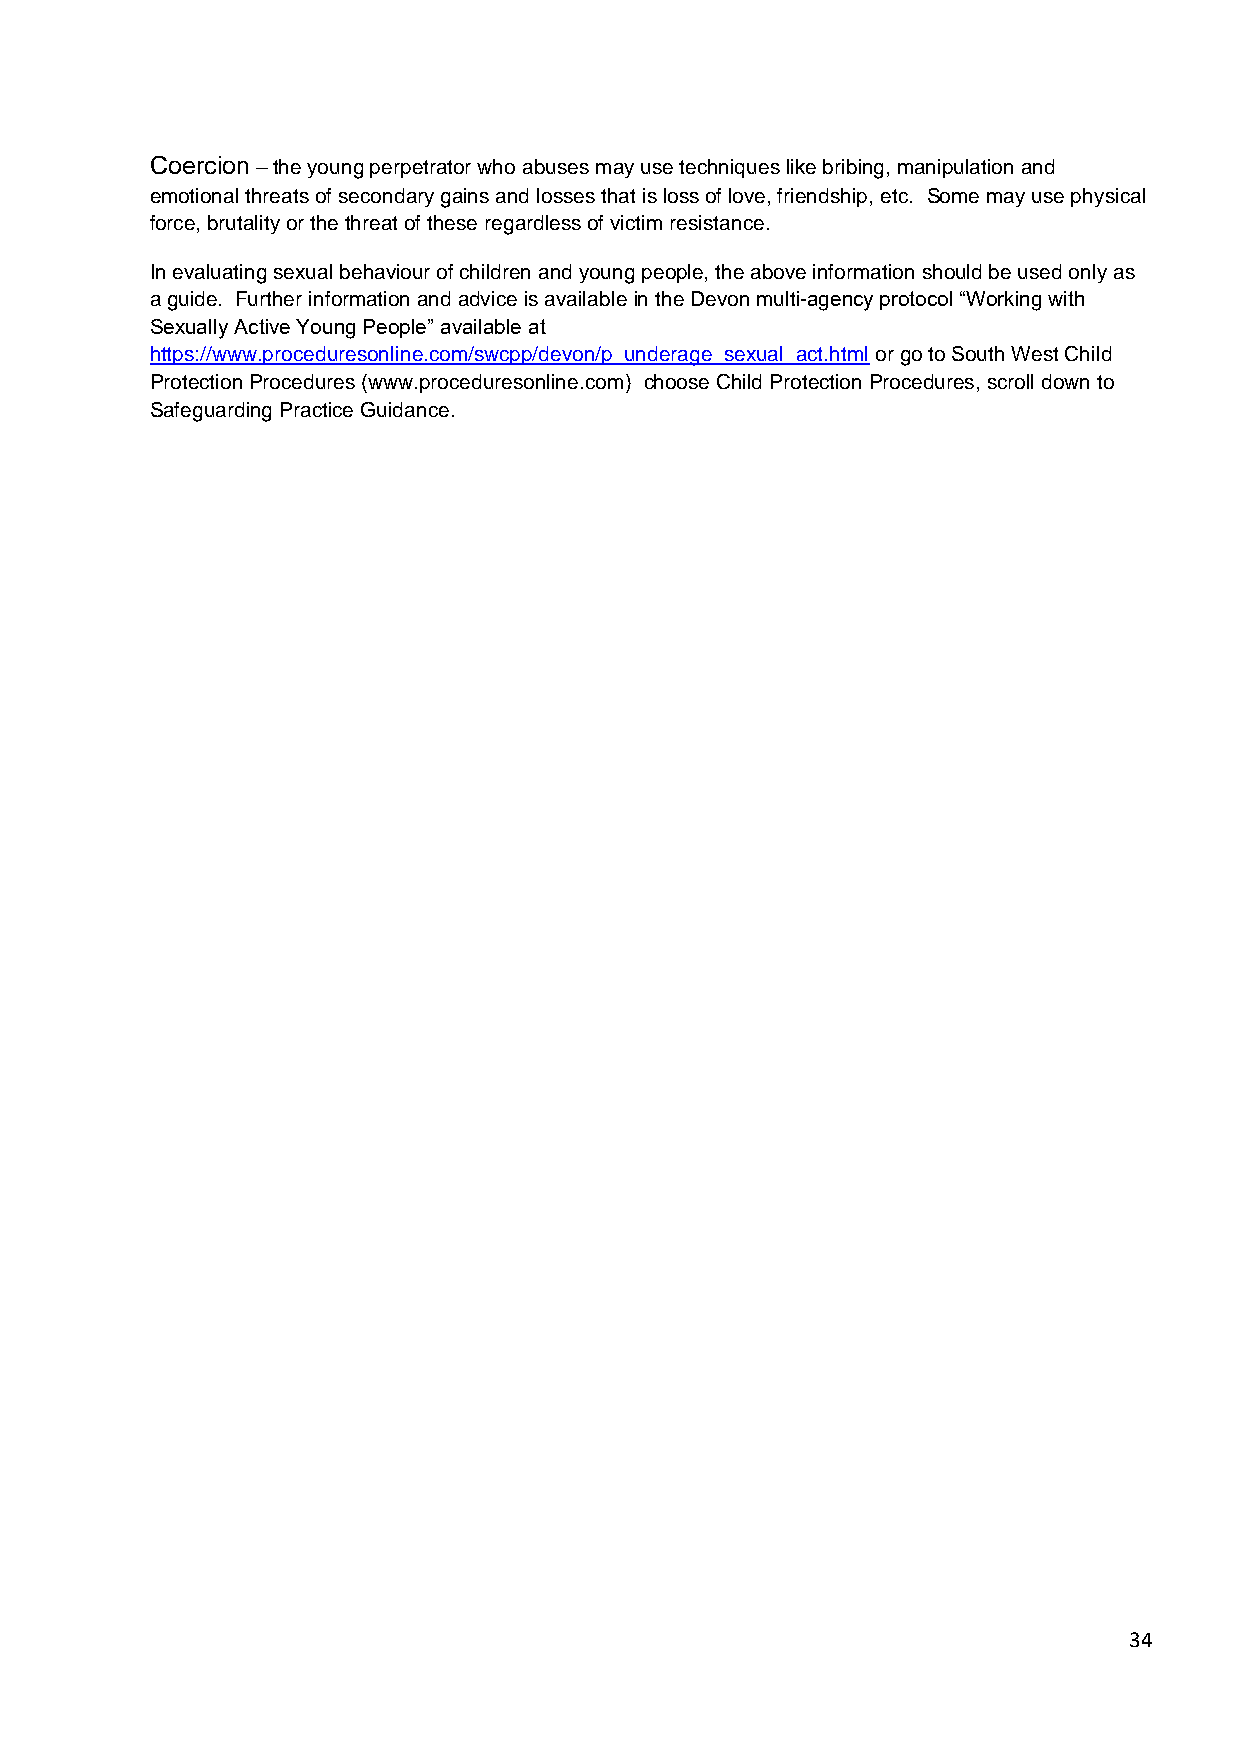
Coercion – the young perpetrator who abuses may use techniques like bribing, manipulation and
 emotional threats of secondary gains and losses that is loss of love, friendship, etc. Some may use physical
 force, brutality or the threat of these regardless of victim resistance.
 In evaluating sexual behaviour of children and young people, the above information should be used only as
 a guide. Further information and advice is available in the Devon multi-agency protocol “Working with
 Sexually Active Young People” available at
 https://www.proceduresonline.com/swcpp/devon/p_underage_sexual_act.html or go to South West Child
 Protection Procedures (www.proceduresonline.com) choose Child Protection Procedures, scroll down to
 Safeguarding Practice Guidance.
 34